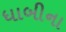
ધાબીના